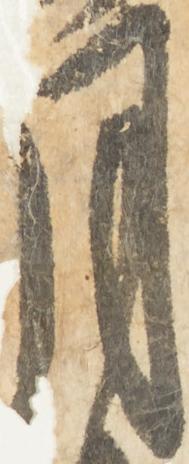
月